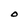
Character: O